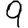
Digit: 9